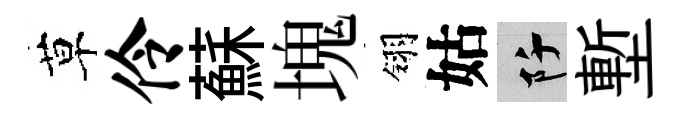
草伶蘇塊翎姑阡塹